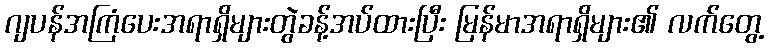
ဂျပန်အကြံပေးအရာရှိများတွဲခန့်အပ်ထားပြီး မြန်မာအရာရှိများ၏ လက်တွေ့